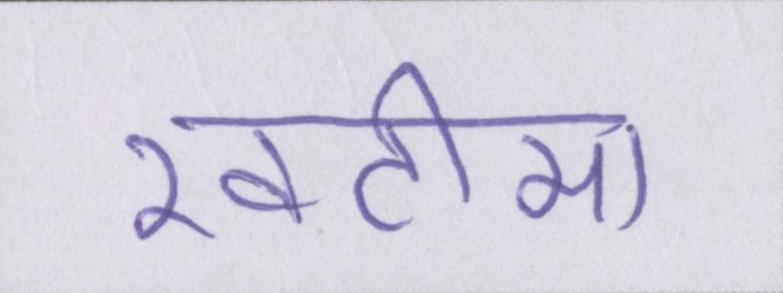
खटीमा